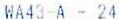
WA43-A - 24